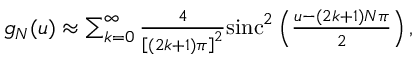
\begin{array} { r } { g _ { N } ( u ) \approx \sum _ { k = 0 } ^ { \infty } \frac { 4 } { \left[ ( 2 k + 1 ) \pi \right] ^ { 2 } } \mathrm { s i n c } ^ { 2 } \left( \frac { u - ( 2 k + 1 ) N \pi } { 2 } \right) , } \end{array}